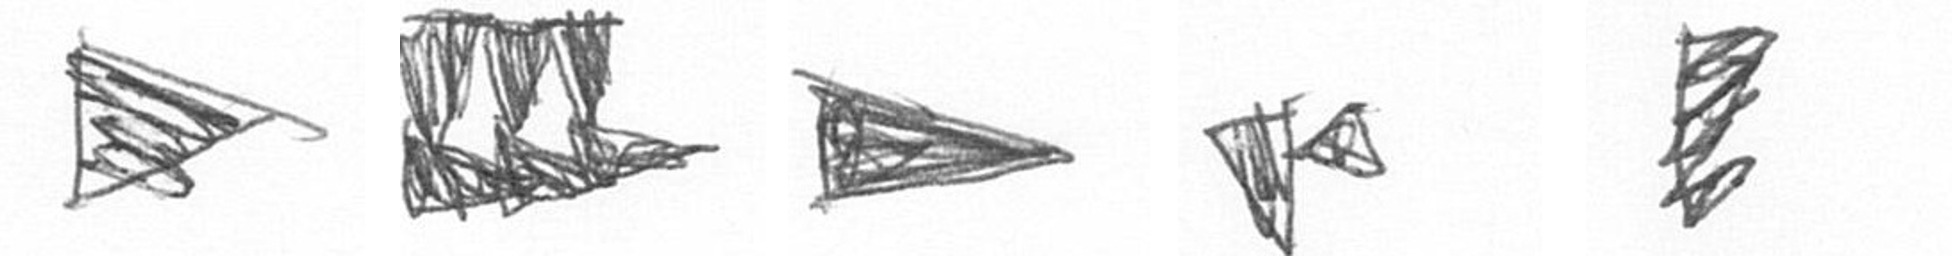
T D T F H